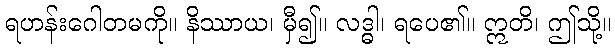
ရဟန်းဂေါတမကို။ နိဿာယ၊ မှီ၍။ လဒ္ဓါ၊ ရပေ၏။ ဣတိ၊ ဤသို့။